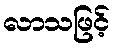
လာသဖြင့်